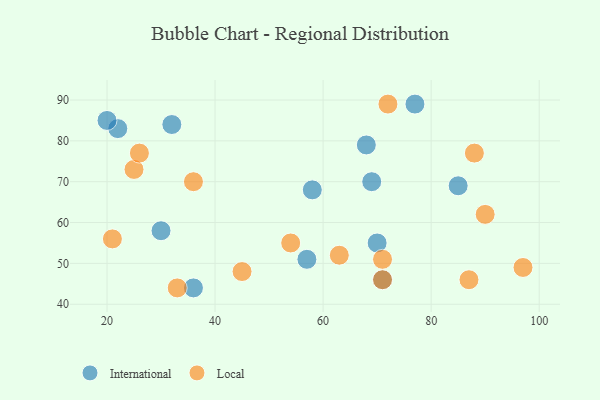
{"axis": {"x": "GDP", "y": "Life Expectancy"}, "legend": ["International", "Local"], "data": [{"x": "85", "y": 69, "type": "International"}, {"x": "36", "y": 44, "type": "International"}, {"x": "71", "y": 46, "type": "International"}, {"x": "22", "y": 83, "type": "International"}, {"x": "58", "y": 68, "type": "International"}, {"x": "68", "y": 79, "type": "International"}, {"x": "77", "y": 89, "type": "International"}, {"x": "57", "y": 51, "type": "International"}, {"x": "69", "y": 70, "type": "International"}, {"x": "32", "y": 84, "type": "International"}, {"x": "20", "y": 85, "type": "International"}, {"x": "70", "y": 55, "type": "International"}, {"x": "30", "y": 58, "type": "International"}, {"x": "36", "y": 70, "type": "Local"}, {"x": "88", "y": 77, "type": "Local"}, {"x": "71", "y": 46, "type": "Local"}, {"x": "45", "y": 48, "type": "Local"}, {"x": "97", "y": 49, "type": "Local"}, {"x": "72", "y": 89, "type": "Local"}, {"x": "63", "y": 52, "type": "Local"}, {"x": "21", "y": 56, "type": "Local"}, {"x": "25", "y": 73, "type": "Local"}, {"x": "54", "y": 55, "type": "Local"}, {"x": "71", "y": 51, "type": "Local"}, {"x": "26", "y": 77, "type": "Local"}, {"x": "87", "y": 46, "type": "Local"}, {"x": "33", "y": 44, "type": "Local"}, {"x": "90", "y": 62, "type": "Local"}]}